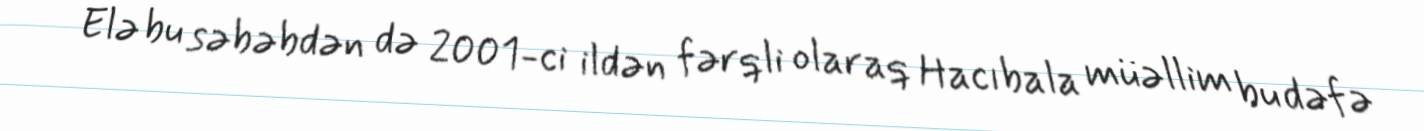
Elə bu səbəbdən də 2001-ci ildən fərqli olaraq Hacıbala müəllim bu dəfə